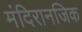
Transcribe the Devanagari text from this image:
मंदिरानजिक